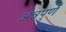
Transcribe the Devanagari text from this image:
अन्नपुर्ण